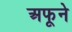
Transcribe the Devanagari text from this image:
अफूने